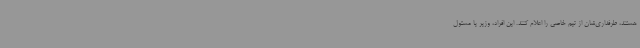
هستند، طرفداری‌شان از تیم خاصی را اعلام کنند. این افراد، وزیر یا مسئول